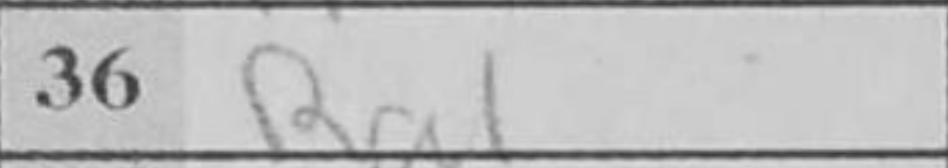
Transcription: Ra1